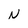
Character: N